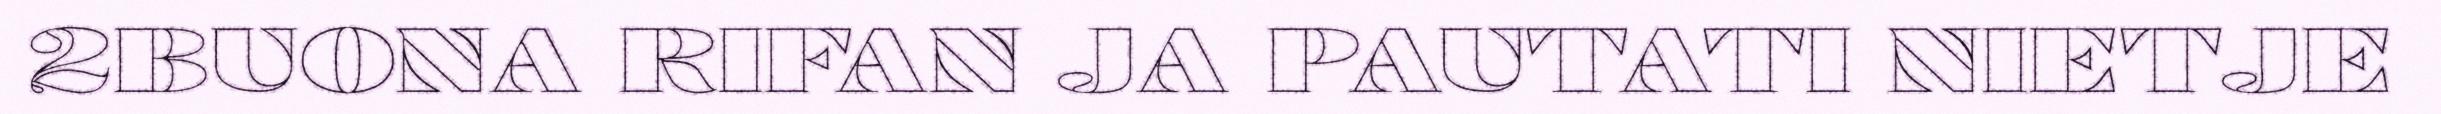
2BUONA RIFAN JA PAUTATI NIETJE